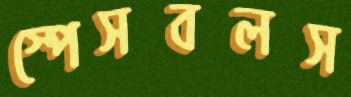
স্পেসবলস